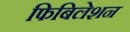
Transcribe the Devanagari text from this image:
फिबिलेशन